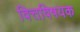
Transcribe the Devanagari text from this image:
वित्तविषयक